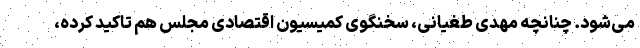
می‌شود. چنانچه مهدی طغیانی، سخنگوی کمیسیون اقتصادی مجلس هم تاکید کرده،